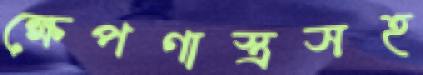
ক্ষেপণাস্ত্রসহ